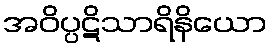
အဝိပ္ပဋိသာရိနိယော